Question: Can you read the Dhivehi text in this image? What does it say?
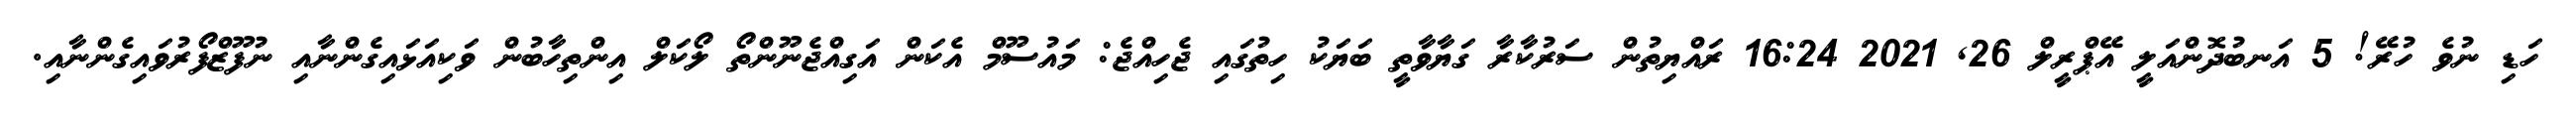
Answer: ހަޑި ނުވެ ހުރޭ! 5 އަނބުދޮންއަލީ އޭޕްރީލް 26, 2021 16:24 ރައްޔިތުން ސަރުކާރާ ގަޔާވާތީ ބަޔަކު ހިތުގައި ޖެހިއްޖެ: މައުސޫމް އެކަން އަގިއްޖެނޫންތޯ ލޯކަލް އިންތިހާބުން ވަކިއަޅައިގެންނާއި ނުފޫޒްފޯރުވައިގެންނާއި.